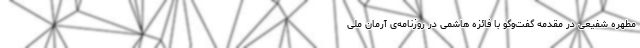
مطهره شفیعی در مقدمه‌ گفت‌وگو با فائزه هاشمی در روزنامه‌ی آرمان ملی